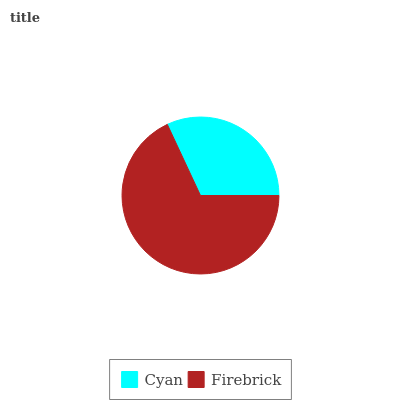
| Cyan | Firebrick |
 | --- | --- |
 | 32% | 68% |